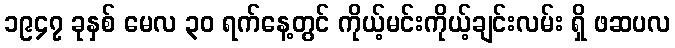
၁၉၄၇ ခုနှစ် မေလ ၃၀ ရက်နေ့တွင် ကိုယ့်မင်းကိုယ့်ချင်းလမ်း ရှိ ဖဆပလ